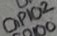
Text: GPIO2